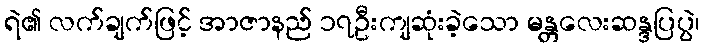
ရဲ၏ လက်ချက်ဖြင့် အာဇာနည် ၁၇ဦးကျဆုံးခဲ့သော မန္တလေးဆန္ဒပြပွဲ၊